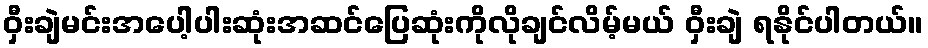
ဝှီးချဲမင်းအပေါ့ပါးဆုံးအဆင်ပြေဆုံးကိုလိုချင်လိမ့်မယ် ဝှီးချဲ ရနိုင်ပါတယ်။